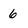
Character: 6